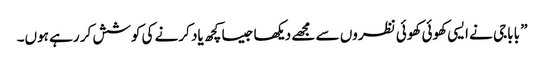
” باباجی نے ایسی کھوئی کھوئی نظروں سے مجھے دیکھا جیسا کچھ یاد کرنے کی کوشش کر رہے ہوں۔